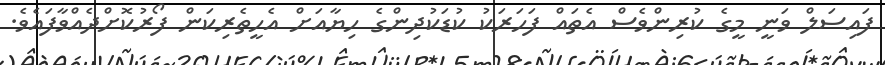
ފައިސަލް ވަނީ މީގެ ކުރިންވެސް އެތައް ފަހަރަކު ކުޑަކުދިންގެ ހިޔާއަށް އެހީތެރިކަން ފޯރުކޮށްދެއްވާފައެވެ.